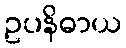
ဥပနိဓာယ